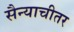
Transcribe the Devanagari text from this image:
सैन्याचीतर